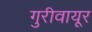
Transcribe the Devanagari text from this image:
गुरीवायूर